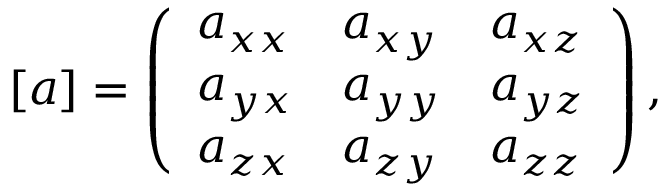
[ a ] = \left( \begin{array} { l l l } { a _ { x x } } & { a _ { x y } } & { a _ { x z } } \\ { a _ { y x } } & { a _ { y y } } & { a _ { y z } } \\ { a _ { z x } } & { a _ { z y } } & { a _ { z z } } \end{array} \right) ,